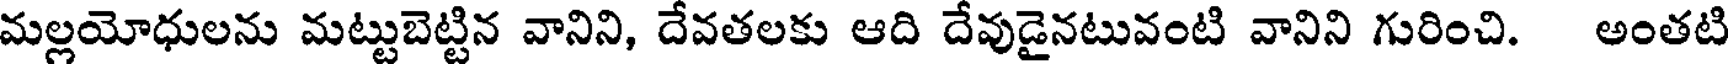
మల్లయోధులను మట్టుబెట్టిన వానిని, దేవతలకు ఆది దేవుడైనటువంటి వానిని గురించి. అంతటి